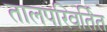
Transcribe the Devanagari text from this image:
तालपरिवर्तित